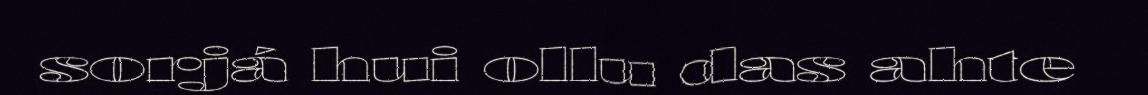
sorjá hui ollu das ahte